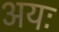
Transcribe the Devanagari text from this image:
अयः